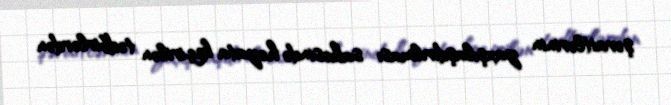
şəraitlərinin yaxşılaşdırılması sahəsində həyata keçirilən tədbirlərdən